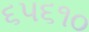
૬૫૬૧૦